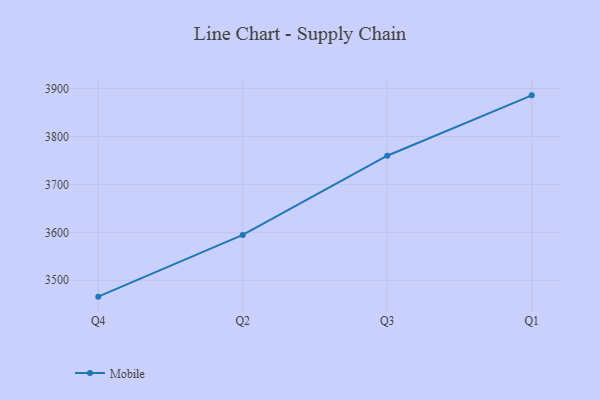
{"axis": {"x": "Quarter", "y": "Temperature (°C)"}, "legend": ["Mobile"], "data": [{"x": "Q4", "y": 3465.7, "type": "Mobile"}, {"x": "Q2", "y": 3594.5, "type": "Mobile"}, {"x": "Q3", "y": 3759.9, "type": "Mobile"}, {"x": "Q1", "y": 3885.9, "type": "Mobile"}]}